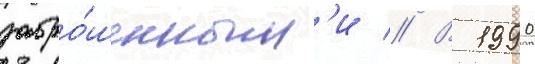
забро́шенным'и // В 1990